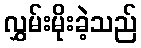
လွှမ်းမိုးခဲ့သည်